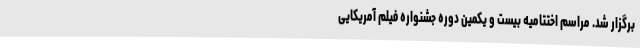
برگزار شد. مراسم اختتامیه بیست و یکمین دوره جشنواره فیلم آمریکایی